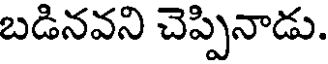
బడినవని చెప్పినాడు.